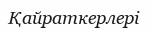
Қайраткерлері